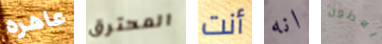
عاهره المحترق أنت انه يعطون